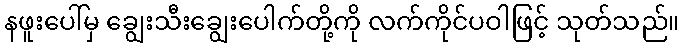
နဖူးပေါ်မှ ချွေးသီးချွေးပေါက်တို့ကို လက်ကိုင်ပဝါဖြင့် သုတ်သည်။